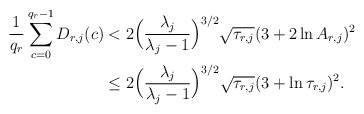
\begin{align*}\frac{1}{q_r}\sum_{c=0}^{q_r-1} D_{r,j}(c) &< 2\Big(\frac{\lambda_j}{\lambda_j-1}\Big)^{3/2}\sqrt{\tau_{r,j}}(3+2\ln A_{r,j})^2\\&\leq 2 \Big(\frac{\lambda_j}{\lambda_j-1}\Big)^{3/2}\sqrt{\tau_{r,j}}(3+\ln \tau_{r,j})^2.\end{align*}